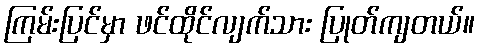
ကြမ်းပြင်မှာ ဖင်ထိုင်လျက်သား ပြုတ်ကျတယ်။